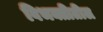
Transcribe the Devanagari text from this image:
विभक्तीतील